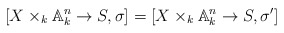
\begin{align*}[X\times_k\mathbb A_k^n\to S,\sigma]=[X\times_k\mathbb A_k^n\to S,\sigma']\end{align*}